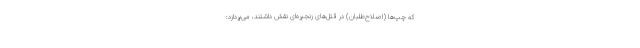
که چپ‌ها (اصلاح‌طلبان) در قتل‌های زنجیره‌ای نقش داشتند، می‌پردازد: